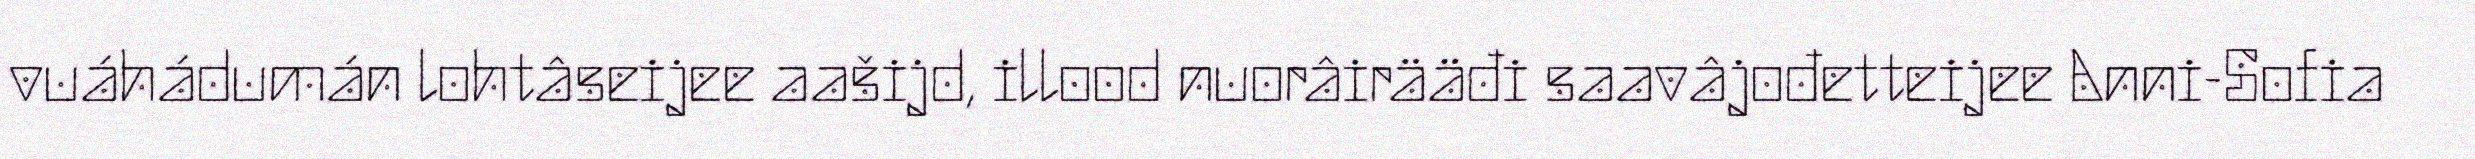
vuáhádumán lohtâseijee aašijd, illood nuorâirääđi saavâjođetteijee Anni-Sofia